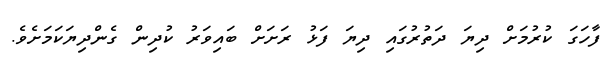
ފާހަގަ ކުރުމަށް ދިޔަ ދަތުރުގައި ދިޔަ ފަޅު ރަށަށް ބައިވަރު ކުދިން ގެންދިޔަކަމަށެވެ.